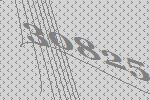
30825